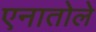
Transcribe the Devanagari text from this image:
एनातोले